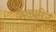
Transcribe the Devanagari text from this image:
मेट्यूरिन